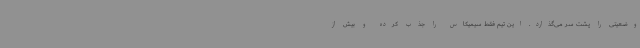
وضعیتی را پشت سر می‌گذارد. این تیم فقط سیمیکاس را جذب کرده و بیش از